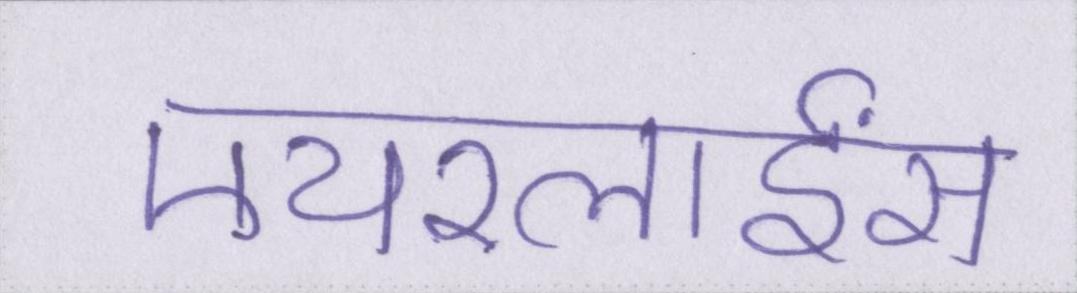
एयरलाईंस